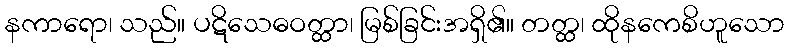
နကာရော၊ သည်။ ပဋိသေဓဝတ္ထာ၊ မြစ်ခြင်းအရှိ၏။ တတ္ထ၊ ထိုနကေစိဟူသော